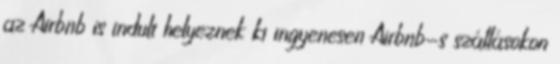
az Airbnb is indult helyeznek ki ingyenesen Airbnb-s szállásokon